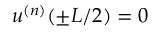
u ^ { ( n ) } ( \pm L / 2 ) = 0